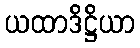
ယထာဒိဋ္ဌိယာ